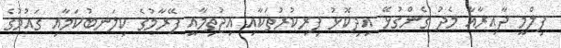
ފިލްމީ ދާއިރާއާ މެދު ގެންގުޅޭ އިދިކޮޅު ފިރިކުރުތަކާއި އިޖުތިމާއީ ފޭރާމުގެ ކިލަނބުކަމާއި ގައުމުގެ